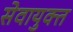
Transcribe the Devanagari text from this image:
सेवायुक्त